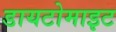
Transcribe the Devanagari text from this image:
डायटोमाइट